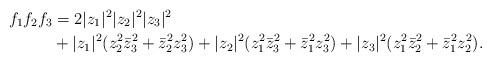
LaTeX: \begin{align*}f_1f_2f_3&=2|z_1|^2|z_2|^2|z_3|^2\\&+|z_1|^2(z_2^2\bar z_3^2+\bar z_2^2z_3^2)+|z_2|^2(z_1^2\bar z_3^2+\bar z_1^2z_3^2)+|z_3|^2(z_1^2\bar z_2^2+\bar z_1^2z_2^2).\end{align*}